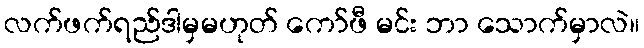
လက်ဖက်ရည်ဒါမှမဟုတ် ကော်ဖီ မင်း ဘာ သောက်မှာလဲ။